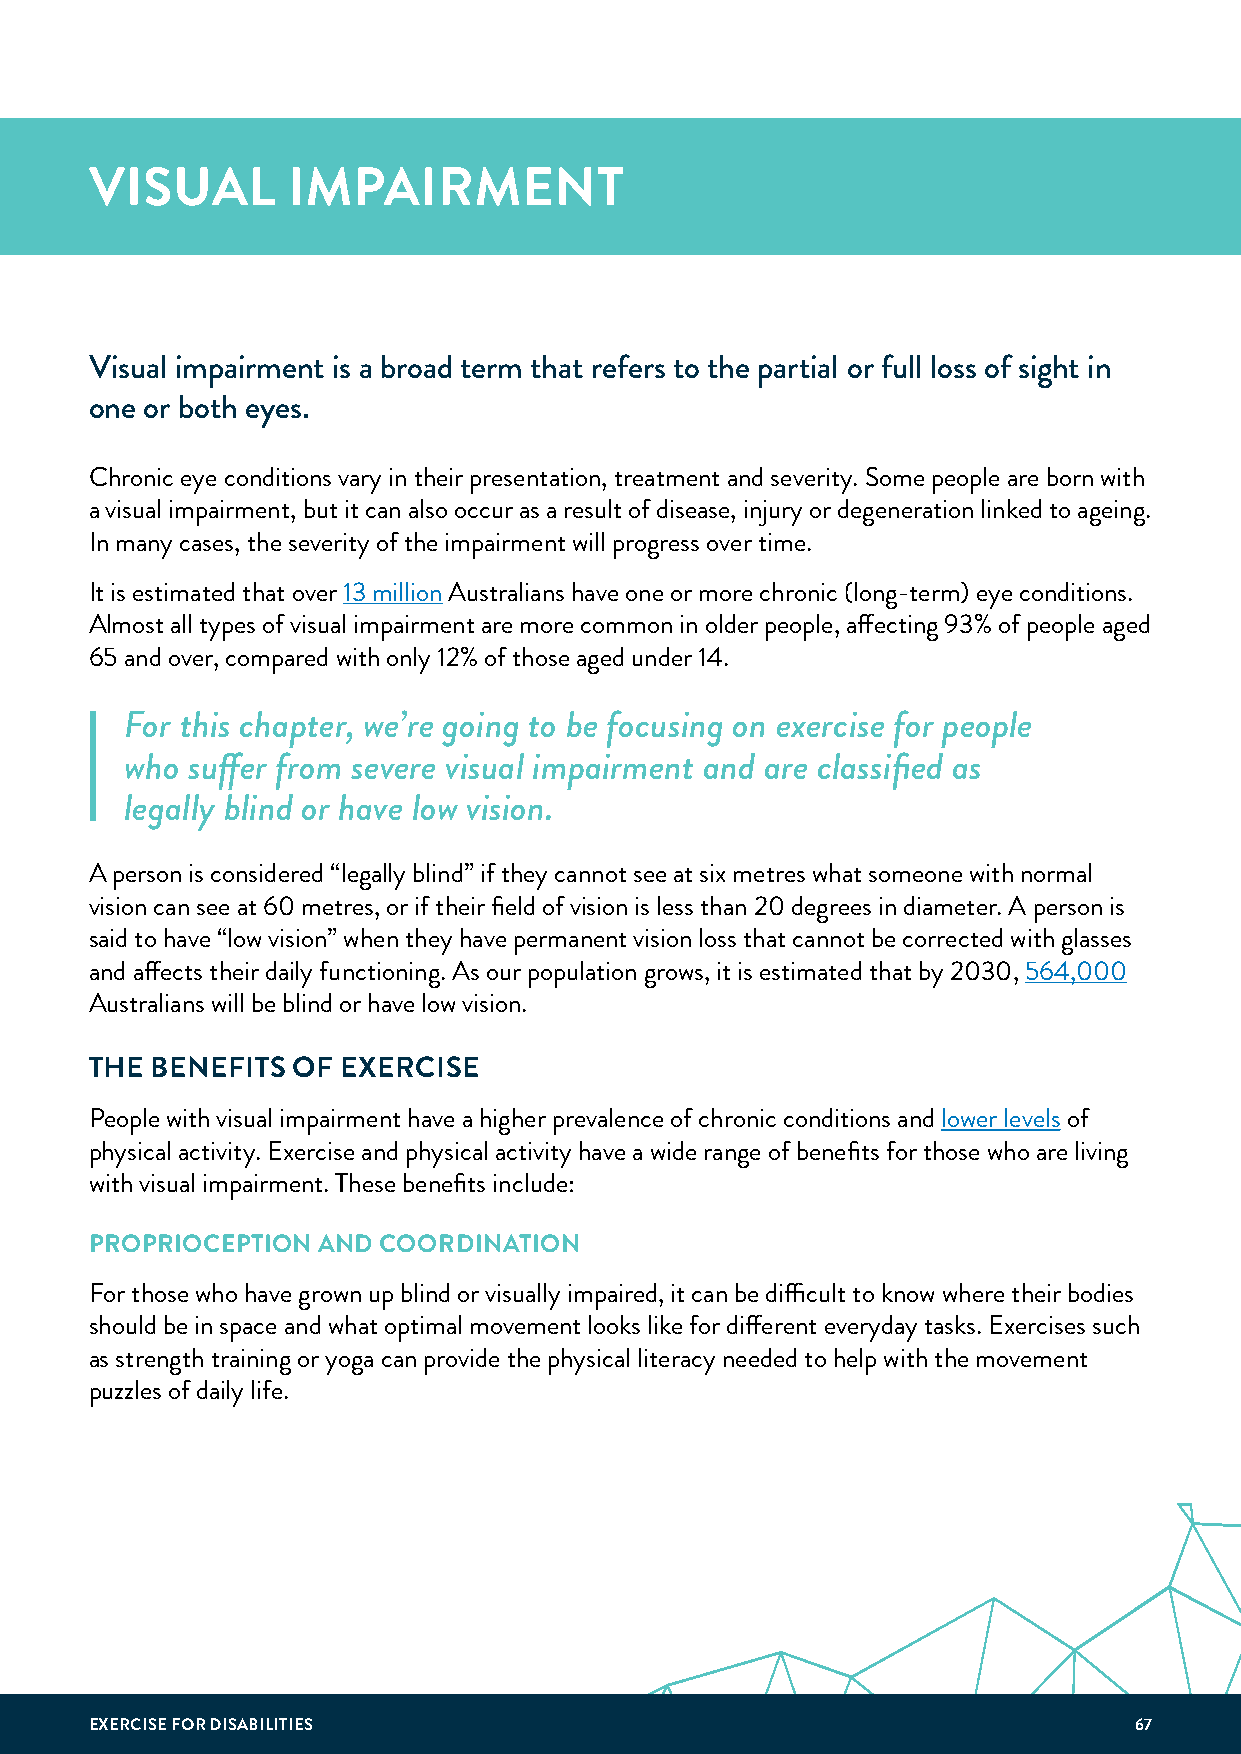
VISUAL       IMPAIRMENT
 Visual impairment is a broad term that refers to the partial or full loss of sight in
 one or both eyes.
 Chronic eye conditions vary in their presentation, treatment and severity. Some people are born with
 a visual impairment, but it can also occur as a result of disease, injury or degeneration linked to ageing.
 In many cases, the severity of the impairment will progress over time.
 It is estimated that over 13 million Australians have one or more chronic (long-term) eye conditions.
 Almost all types of visual impairment are more common in older people, affecting 93% of people aged
 65 and over, compared with only 12% of those aged under 14.
 For this chapter, we’re going to be focusing on exercise for people
 who suffer from severe visual impairment and are classified as
 legally blind or have low vision.
 A person is considered “legally blind” if they cannot see at six metres what someone with normal
 vision can see at 60 metres, or if their field of vision is less than 20 degrees in diameter. A person is
 said to have “low vision” when they have permanent vision loss that cannot be corrected with glasses
 and affects their daily functioning. As our population grows, it is estimated that by 2030, 564,000
 Australians will be blind or have low vision.
 THE BENEFITS OF  EXERCISE
 People with visual impairment have a higher prevalence of chronic conditions and lower levels of
 physical activity. Exercise and physical activity have a wide range of benefits for those who are living
 with visual impairment. These benefits include:
 PROPRIOCEPTION AND COORDINATION
 For those who have grown up blind or visually impaired, it can be difficult to know where their bodies
 should be in space and what optimal movement looks like for different everyday tasks. Exercises such
 as strength training or yoga can provide the physical literacy needed to help with the movement
 puzzles of daily life.
 EXERCISE FOR DISABILITIES                                            67